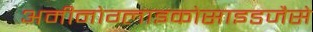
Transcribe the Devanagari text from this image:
अमीनोग्लाइकोसाइडजैसे